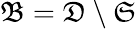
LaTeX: \mathfrak{B}=\mathfrak{D}\setminus\mathfrak{S}